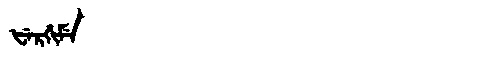
Manchu: ᡶᡝᡵᡤᡳᠮᡝ
Romanization: FERGIME